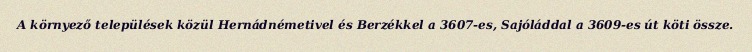
A környező települések közül Hernádnémetivel és Berzékkel a 3607-es, Sajóláddal a 3609-es út köti össze.